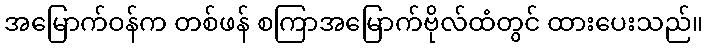
အမြောက်ဝန်က တစ်ဖန် စကြာအမြောက်ဗိုလ်ထံတွင် ထားပေးသည်။